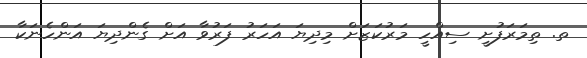
ތ. ތިމަރަފުށީ ސިއްހީ މަރުކަޒަށް މިދިޔަ އަހަރު ފަރުވާ އަށް ގެންދިޔަ އަންހެނަކާ